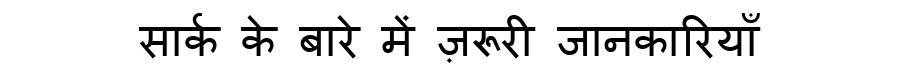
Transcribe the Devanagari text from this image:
सार्क के बारे में ज़रूरी जानकारियाँ